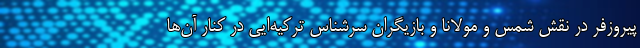
پیروزفر در نقش شمس و مولانا و بازیگران سرشناس ترکیه‌ایی در کنار آن‌ها